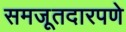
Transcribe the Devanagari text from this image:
समजूतदारपणे